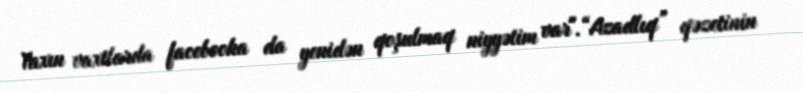
Yaxın vaxtlarda facebooka da yenidən qoşulmaq niyyətim var".“Azadlıq” qəzetinin